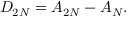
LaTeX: D _ { 2 N } = A _ { 2 N } - A _ { N } .